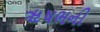
ૠષભની